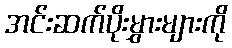
အင်းဆက်ပိုးမွှားများကို